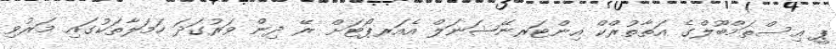
ޕީ އިސްތަމްބޫލްގެ އަތާތުރްކް އިންޓަރނޭޝަނަލް އެއަރޕޯޓަށް ރޭ ދިން ވަރުގަދަ ހަމަލާތަކުގައި މަރުވި